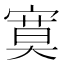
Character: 寞